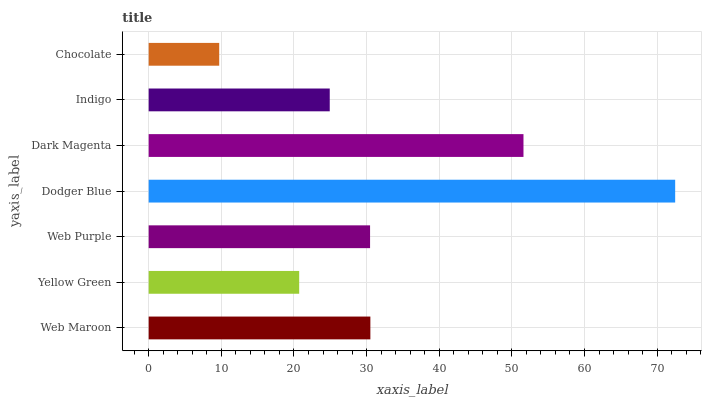
| yaxis_label | bars |
 | --- | --- |
 | Web Maroon | 30.5 |
 | Yellow Green | 20.7 |
 | Web Purple | 30.5 |
 | Dodger Blue | 72.5 |
 | Dark Magenta | 51.6 |
 | Indigo | 24.9 |
 | Chocolate | 9.71 |